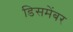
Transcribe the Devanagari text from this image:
डिसमेंबर